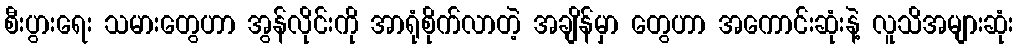
စီးပွားရေး သမားတွေဟာ အွန်လိုင်းကို အာရုံစိုက်လာတဲ့ အချိန်မှာ တွေဟာ အကောင်းဆုံးနဲ့ လူသိအများဆုံး